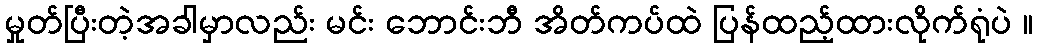
မှုတ်ပြီးတဲ့အခါမှာလည်း မင်း ဘောင်းဘီ အိတ်ကပ်ထဲ ပြန်ထည့်ထားလိုက်ရုံပဲ ။